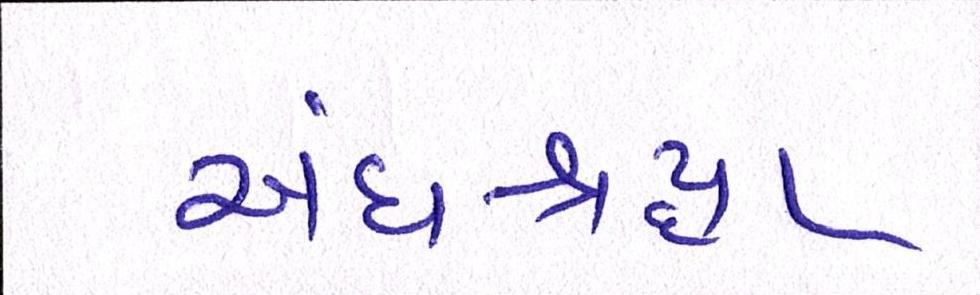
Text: અંધશ્રદ્ધા